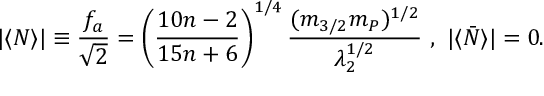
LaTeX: \vert \langle N \rangle \vert \equiv \frac { f _ { a } } { \sqrt { 2 } } = \left( \frac { 1 0 n - 2 } { 1 5 n + 6 } \right) ^ { 1 / 4 } \frac { ( m _ { 3 / 2 } m _ { P } ) ^ { 1 / 2 } } { \lambda _ { 2 } ^ { 1 / 2 } } ~ , ~ \vert \langle \bar { N } \rangle \vert = 0 .